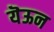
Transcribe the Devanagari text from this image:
यॆऊन